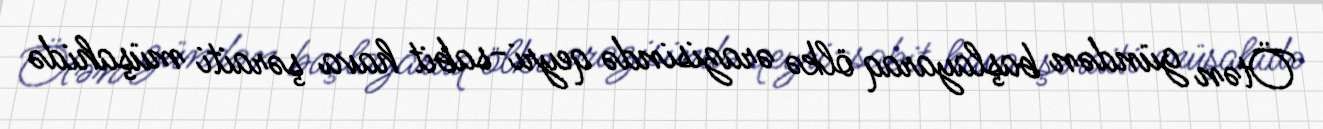
Ötən gündən başlayaraq ölkə ərazisində qeyri-sabit hava şəraiti müşahidə